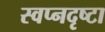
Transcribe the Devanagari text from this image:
स्‍वप्नदृष्‍टा